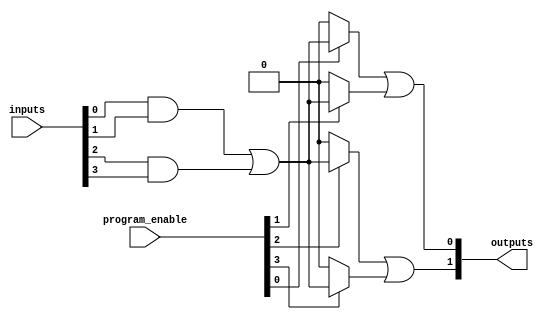
module hs_pal (
    input wire [N-1:0] inputs,          // N input pins
    input wire [M-1:0] program_enable,   // M programming control signals
    output wire [P-1:0] outputs          // P output pins
);

// Parameters
parameter N = 8;  // Number of inputs
parameter M = 4;  // Number of product terms
parameter P = 2;  // Number of outputs

// Intermediate signals for product terms
wire [M-1:0] product_terms;

// Programmable AND array
generate
    genvar i;
    for (i = 0; i < M; i = i + 1) begin : and_array
        assign product_terms[i] = (program_enable[i] ? 
            (inputs[0] & inputs[1]) | // Example logic configuration
            (inputs[2] & inputs[3]) :
            1'b0); // Output 0 if not enabled
    end
endgenerate

// Fixed OR array
assign outputs[0] = product_terms[0] | product_terms[1]; // Example OR logic
assign outputs[1] = product_terms[2] | product_terms[3]; // Example OR logic

endmodule